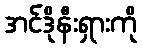
အင်ဒိုနီးရှားကို